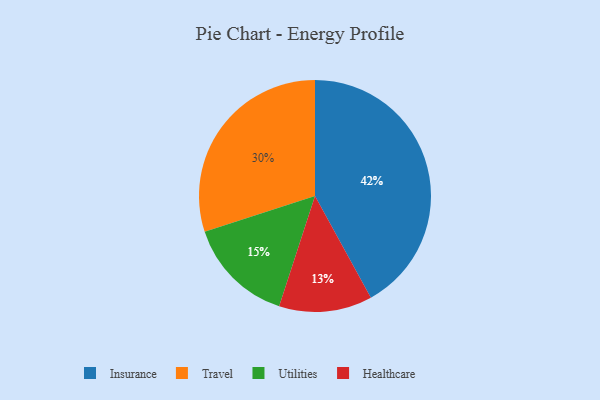
{"axis": {"x": "Category", "y": "Percentage"}, "legend": ["Healthcare", "Insurance", "Travel", "Utilities"], "data": [{"x": "Insurance", "y": 42, "type": "Insurance"}, {"x": "Healthcare", "y": 13, "type": "Healthcare"}, {"x": "Utilities", "y": 15, "type": "Utilities"}, {"x": "Travel", "y": 30, "type": "Travel"}]}